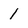
Character: 1